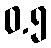
ဝ.၅